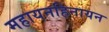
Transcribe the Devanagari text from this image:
महायनहिनायन